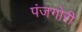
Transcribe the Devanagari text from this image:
पंजगोरी